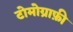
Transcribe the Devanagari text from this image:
टोमोग्राफ़ी